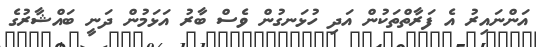
އަންނައިރު އެ ފަރާތްތަކުން އަދި ހުޅަނގުން ވެސް ބާރު އަޅަމުން ދަނީ ބައްޝާރުގެ